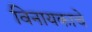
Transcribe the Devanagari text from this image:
विनायकाचे